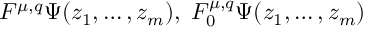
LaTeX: F ^ { \mu , q } \Psi ( z _ { 1 } , \ldots , z _ { m } ) , \; F _ { 0 } ^ { \mu , q } \Psi ( z _ { 1 } , \ldots , z _ { m } )